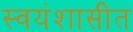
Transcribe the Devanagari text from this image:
स्वयंशासीत